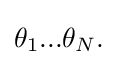
{\textstyle \theta _{1}...\theta _{N}.}